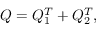
Q = Q _ { 1 } ^ { T } + Q _ { 2 } ^ { T } ,